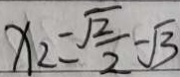
x _ { 2 } = \frac { \sqrt { 2 } } { 2 } - \sqrt { 3 }